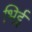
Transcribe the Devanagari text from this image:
भिई